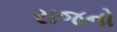
રાજનો